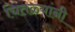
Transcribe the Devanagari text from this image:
चितळ्यांनी